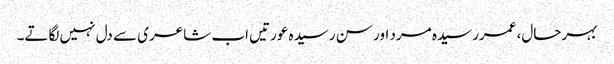
بہرحال، عمررسیدہ مرد اور سن رسیدہ عورتیں اب شاعری سے دل نہیں لگاتے۔